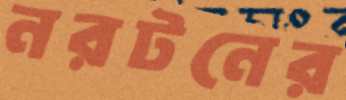
নরটনের